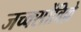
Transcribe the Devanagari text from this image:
जच्क्सोंविल्ले